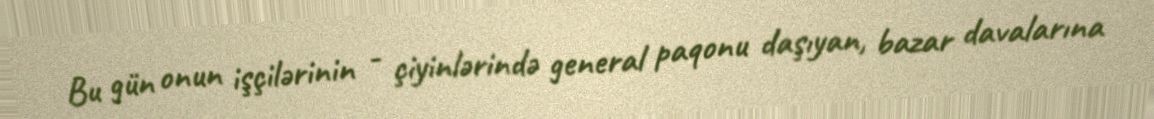
Bu gün onun işçilərinin - çiyinlərində general paqonu daşıyan, bazar davalarına